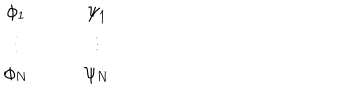
\begin{array} { c c c c } { { \phi _ { 1 } } } & { { } } & { { } } & { { \psi _ { 1 } } } \\ { { \vdots } } & { { } } & { { } } & { { \vdots } } \\ { { \phi _ { N } } } & { { } } & { { } } & { { \psi _ { N } } } \\ \end{array}